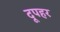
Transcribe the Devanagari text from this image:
दूपहर